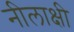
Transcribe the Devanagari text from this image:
नीलाक्षी